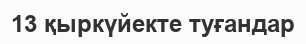
13 қыркүйекте туғандар